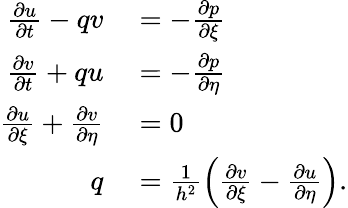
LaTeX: \begin{array}{rl}{\frac{\partial u}{\partial t}-qv}&{{}=-\frac{\partial p}{\partial\xi}}\\ {\frac{\partial v}{\partial t}+qu}&{{}=-\frac{\partial p}{\partial\eta}}\\ {\frac{\partial u}{\partial\xi}+\frac{\partial v}{\partial\eta}}&{{}=0}\\ {q}&{{}=\frac{1}{h^{2}}\left(\frac{\partial v}{\partial\xi}-\frac{\partial u}{\partial\eta}\right).}\end{array}